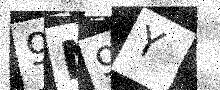
Text: 9N9Y